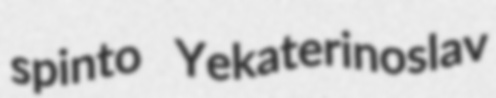
spinto Yekaterinoslav